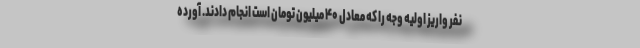
نفر واریز اولیه وجه را که معادل ۴۰ میلیون تومان است انجام دادند. آورده